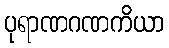
ပုရာဏဂဏကိယာ